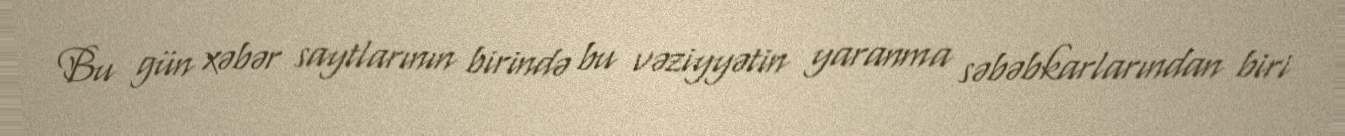
Bu gün xəbər saytlarının birində bu vəziyyətin yaranma səbəbkarlarından biri